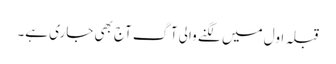
قبلہ اول میں لگنے والی آگ آج بھی جاری ہے۔